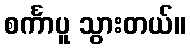
စင်္ကာပူ သွားတယ်။